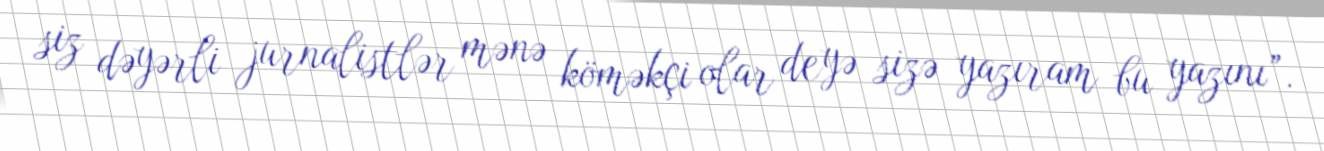
siz dəyərli jurnalistlər mənə köməkçi olar deyə sizə yazıram bu yazını”.